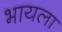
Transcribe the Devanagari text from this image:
भायला